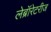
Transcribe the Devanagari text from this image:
लेब्रॉरेटरीज